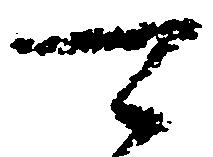
可